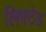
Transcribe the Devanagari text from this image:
लिफ्टेड